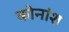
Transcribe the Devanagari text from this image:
कोनांश